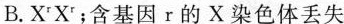
B.X^{r}X^{r}；含基因r的X染色体丢失